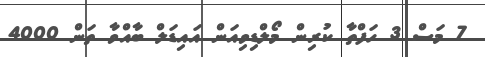
7 މަސް 3 ހަފްތާ ކުރިން މޯލްޑިވިއަން އައިޑަލް ބާއްވާ ތަން 4000